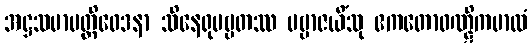
အဋ္ဌသမာပတ္တိဝေဒနာ သိနေရုပဗ္ဗတဿ ပဗ္ဗာဇယိံသု ဧကတောဝဏ္ဋိကမာလံ